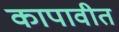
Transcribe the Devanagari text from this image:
कापावीत